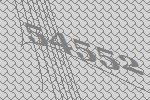
54552